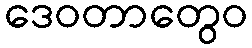
ဒေဝတာတွေဝ